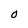
Character: 0